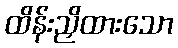
ထိန်းညှိထားသော